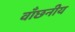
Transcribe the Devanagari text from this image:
वाँछनीय